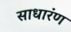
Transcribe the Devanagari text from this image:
साधारंण